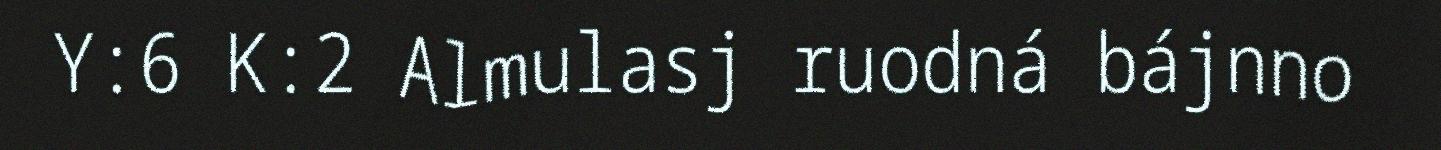
Y:6 K:2 Almulasj ruodná bájnno